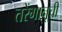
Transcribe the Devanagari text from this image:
तरेंगानूची